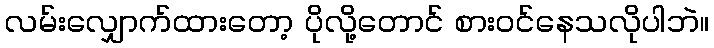
လမ်းလျှောက်ထားတော့ ပိုလို့တောင် စားဝင်နေသလိုပါဘဲ။